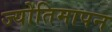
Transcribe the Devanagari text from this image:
ज्योतिमापन